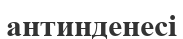
антинденесі